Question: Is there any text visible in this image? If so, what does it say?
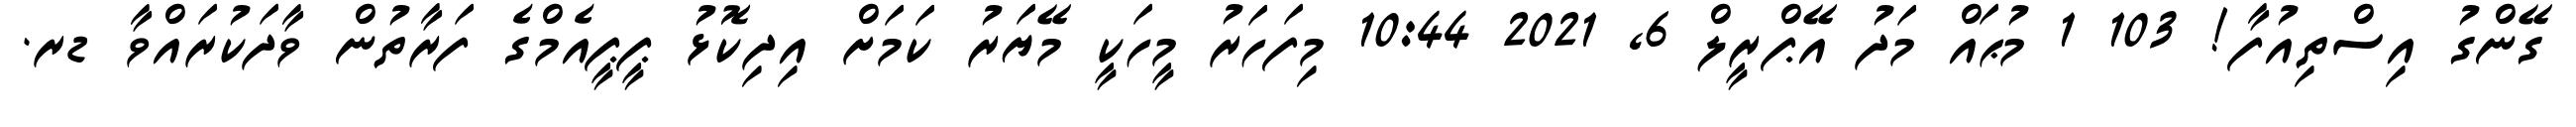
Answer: ގޭންގު އިސްތިއުފާ! 103 1 މުޙައް މަދު އޭޕްރީލް 6, 2021 10:44 މިފަހަރު މީހަކީ މޭޔަރު ކަމަށް އިދިކޮޅު ޕީޕީއެމްގެ ފަރާތުން ވާދަކުރައްވާ ޑރ.